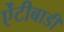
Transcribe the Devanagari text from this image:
ऐंटीबाडी